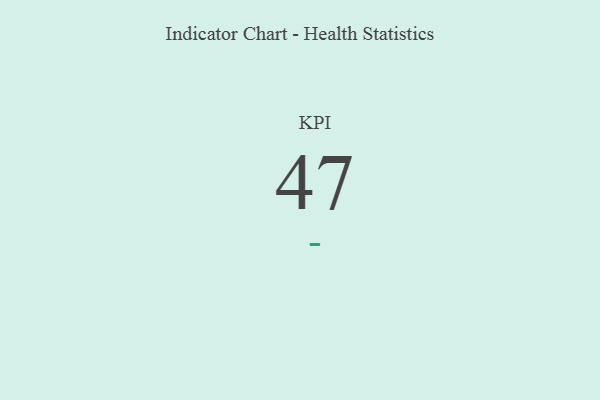
{"axis": {"x": "KPI", "y": "Value"}, "legend": [""], "data": [{"x": "KPI", "y": 47, "type": ""}]}